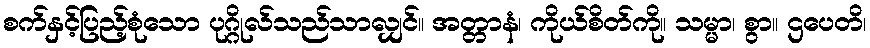
စက်နှင့်ပြည့်စုံသော ပုဂ္ဂိုလ်သည်သာလျှင်။ အတ္တာနံ၊ ကိုယ်စိတ်ကို။ သမ္မာ၊ စွာ။ ဌပေတိ၊